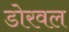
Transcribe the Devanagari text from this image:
डोरवल